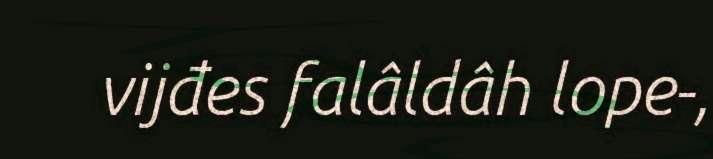
vijđes falâldâh lope-,